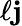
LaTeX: \ell\mathbf{j}